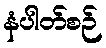
နံပါတ်စဉ်